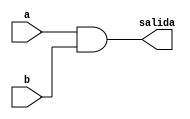
module Compuerta_AND ( input a, input b, output salida );

	assign salida = a & b;

endmodule